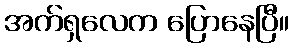
အက်ရှလေက ပြောနေပြီ။